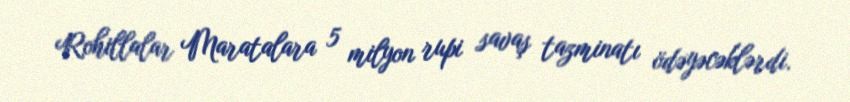
Rohillalar Maratalara 5 milyon rupi savaş tazminatı ödəyəcəklərdi.